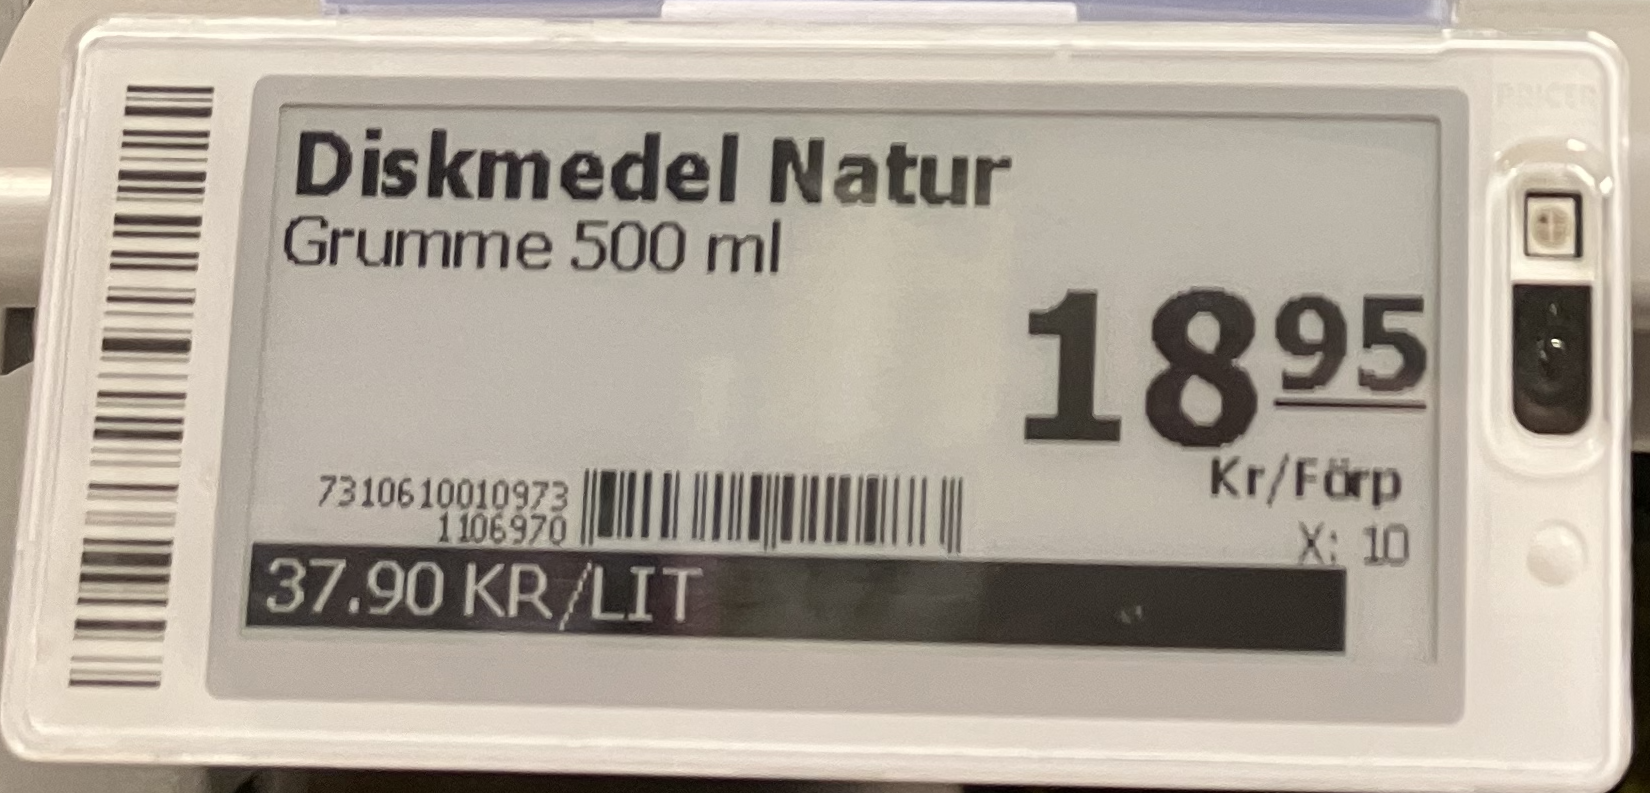
Vara: Diskmedel Natur
Genomsnittspris: 37.9 per L